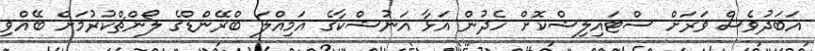
އަބަދުވެސް ވަރަށް ސްޓައިލިޝްކޮށް ހެދުން އަޅާ އަނުޝްކާގެ އަމިއްލަ ބްރޭންޑްގެ ލޯންޗްކުރުމަށް ބޭއްވި